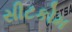
સીટકોમ